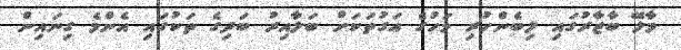
މާލޭ ބާޒާރުގައި ލިބެންހުރި މަހުގެ އަގުތަކަށް ބަލާއިރު ބަދިގެ ތަކުގައި އެންމެ ގިނައިން